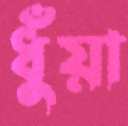
ধুঁয়া